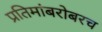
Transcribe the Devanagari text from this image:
प्रतिमांबरोबरच